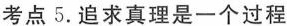
考点 5. 追求真理是一个过程